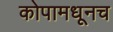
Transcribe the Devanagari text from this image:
कोपामधूनच